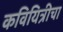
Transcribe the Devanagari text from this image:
कवियित्रीचा